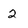
Character: 2